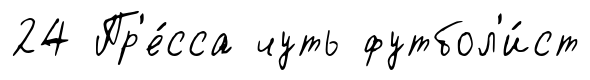
24 Пр'е́сса чуть футбол'и́ст